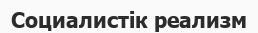
Социалистік реализм